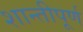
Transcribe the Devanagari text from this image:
शान्तीपूर्ण